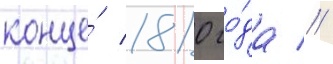
конце́ 1810 го́да //